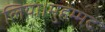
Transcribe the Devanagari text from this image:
लिया।मुहम्मद